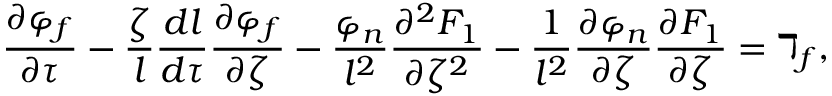
\frac { \partial \varphi _ { f } } { \partial \tau } - \frac { \zeta } { l } \frac { d l } { d \tau } \frac { \partial \varphi _ { f } } { \partial \zeta } - \frac { \varphi _ { n } } { l ^ { 2 } } \frac { \partial ^ { 2 } F _ { 1 } } { \partial \zeta ^ { 2 } } - \frac { 1 } { l ^ { 2 } } \frac { \partial \varphi _ { n } } { \partial \zeta } \frac { \partial F _ { 1 } } { \partial \zeta } = \daleth _ { f } ,